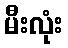
မီးလုံး